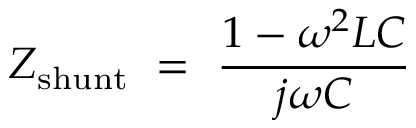
Z _ { \mathrm { s h u n t } } ~ = ~ { \frac { 1 - \omega ^ { 2 } L C } { j \omega C } } ~ ~ ~ ~ ~ ~ ~ ~ ~ ~ ~ ~ ~ ~ ~ ~ ~ ~ ~ ~ ~ ~ ~ ~ ~ ~ ~ ~